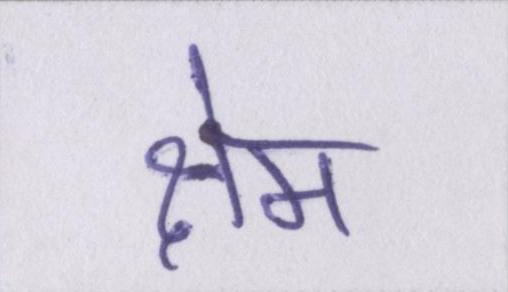
क्षेम